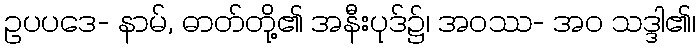
ဥပပဒေ- နာမ်, ဓာတ်တို့၏ အနီးပုဒ်၌၊ အဝဿ- အဝ သဒ္ဒါ၏၊